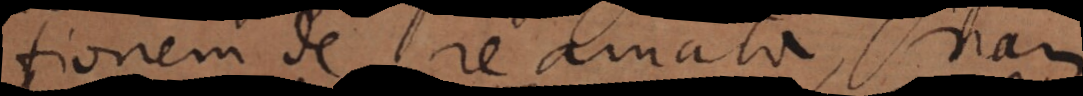
tionem de re amata, nam